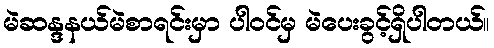
မဲဆန္ဒနယ်မဲစာရင်းမှာ ပါဝင်မှ မဲပေးခွင့်ရှိပါတယ်။